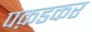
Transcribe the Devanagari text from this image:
पक़डकर